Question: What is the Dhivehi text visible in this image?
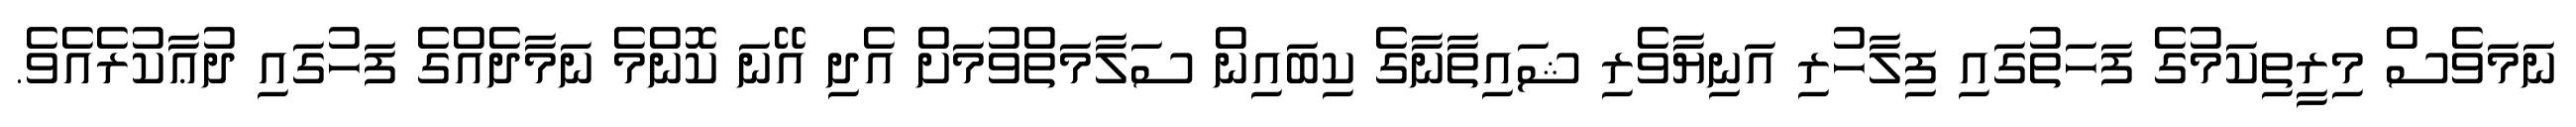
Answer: ނަމަވެސް މިރީތިކަމުގެ ފަހަތުގައި ފިލާހުރި އަނިޔާވެރި ޝައިތާނާގެ ކިބައިން ސަލާމަތްވުމަށް އެދި އޭނަ ކޮންމެ ނަމާދެއްގެ ފަހުގައި ދުޢާކުރެއެވެ.